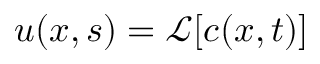
u ( x , s ) = \mathcal { L } [ c ( x , t ) ]